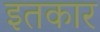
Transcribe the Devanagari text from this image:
इतकार